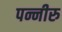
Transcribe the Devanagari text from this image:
पन्नीरु